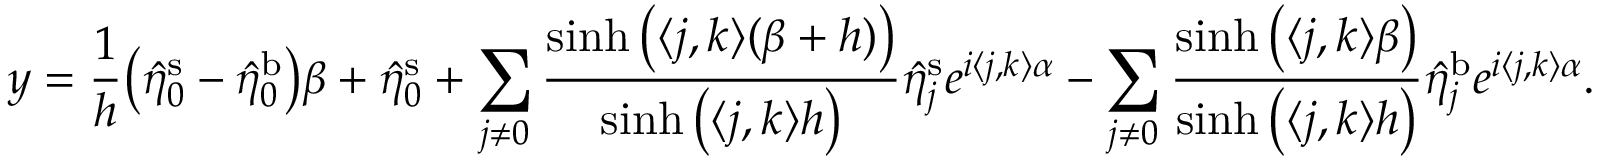
y = \frac { 1 } { h } \big ( \hat { \eta } _ { \boldsymbol 0 } ^ { \mathrm { s } } - \hat { \eta } _ { \boldsymbol 0 } ^ { \mathrm { b } } \big ) \beta + \hat { \eta } _ { \boldsymbol 0 } ^ { \mathrm { s } } + \sum _ { \boldsymbol j \neq \boldsymbol 0 } \frac { \sinh \big ( \langle \boldsymbol j , \boldsymbol k \rangle ( \beta + h ) \big ) } { \sinh \big ( \langle \boldsymbol j , \boldsymbol k \rangle h \big ) } \hat { \eta } _ { \boldsymbol j } ^ { \mathrm { s } } e ^ { i \langle \boldsymbol j , \boldsymbol k \rangle \alpha } - \sum _ { \boldsymbol j \neq \boldsymbol 0 } \frac { \sinh \big ( \langle \boldsymbol j , \boldsymbol k \rangle \beta \big ) } { \sinh \big ( \langle \boldsymbol j , \boldsymbol k \rangle h \big ) } \hat { \eta } _ { \boldsymbol j } ^ { \mathrm { b } } e ^ { i \langle \boldsymbol j , \boldsymbol k \rangle \alpha } .